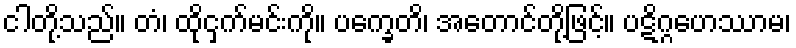
ငါတို့သည်။ တံ၊ ထိုငှက်မင်းကို။ ပက္ခေတိ၊ အတောင်တို့ဖြင့်။ ပဋိဂ္ဂဟေဿာမ၊